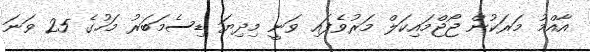
އާއްމު މަރަކުން ޖޯޖްމައިކަލް މަރުވެފައި ވަނީ މިދިޔަ ޑިސެމަބަރު މަހުގެ 25 ވަނަ